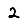
Digit: 2